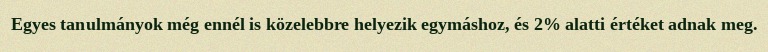
Egyes tanulmányok még ennél is közelebbre helyezik egymáshoz, és 2% alatti értéket adnak meg.